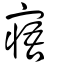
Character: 寤